Report on the Civil Veterinary Department, Eastern Bengal and Assam - 1907-1911
Year: 1907
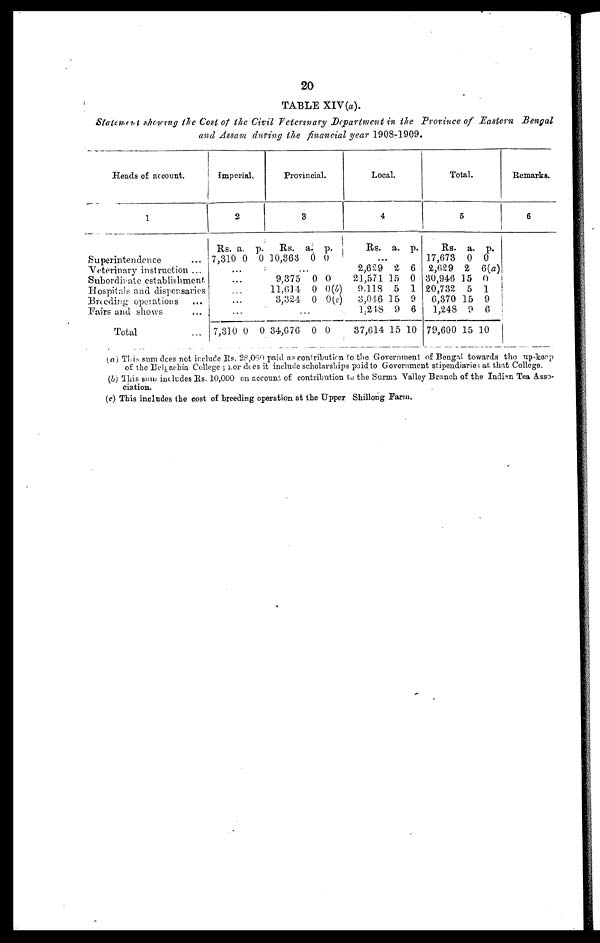
20
TABLE XIV(a).
Statement showing the Cost of the Civil Veterinary Department in the Province of Eastern Bengal
and Assam during the financial year 1908-1909.
Heads of account.
1
Superintendence …
Veterinary instruction ...
Subordinate establishment
Hospitals and dispensaries
Breeding operations …
Pairs and shows …
Total …
imperial.
2
Rs. a. p.
7,310 0 0
...
…
…
...
…
7,310 0 0
Provincial.
3
Rs. a. p.
10,363 0 0
…
9,375 0 0
11,614
0 0(b)
3,324 0 0(c)
…
34,676 0 0
Local.
4
Rs. a. p.
...
2,629 2 6
21,571 15 0
9,118 5 1
3,046 15 9
1,248 9 6
37,614 15 10
Total.
5
Rs. a. p.
17,673 0 0
2,629 2 6(a)
30,946 15 0
20,732 5 1
6,370 15 9
1,248 9 6
79,600 15 10
Remarks.
6
(a) This sum does not include Rs. 28,000 paid as contribution to the Government of Bengal towards the up-keop
of the Belgachia College; for does it include scholarships paid to Government stipendiaries at that College.
(b) This sum includes Rs. 10,000 on account of contribution to the Surma Valley Branch of the Indian Tea Asso-
ciation.
(c) This includes the cost of breeding operation at the Upper Shillong Farm.